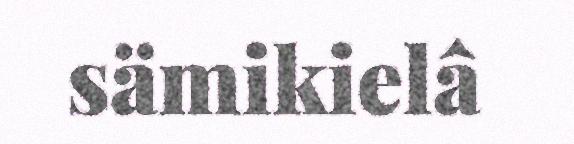
sämikielâ